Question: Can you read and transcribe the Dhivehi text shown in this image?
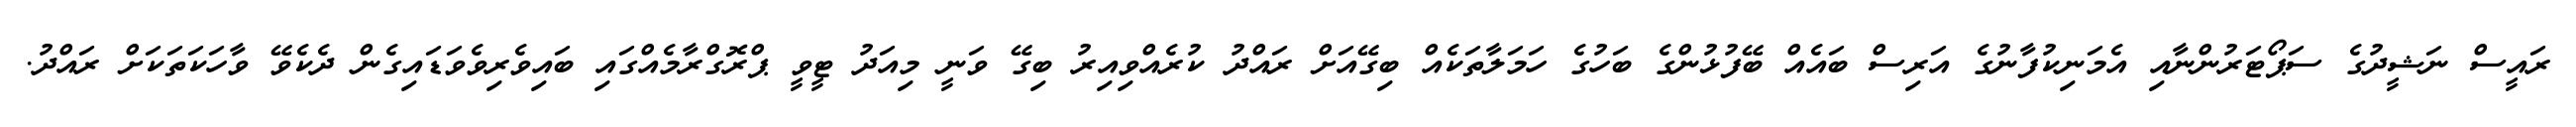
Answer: ރައީސް ނަޝީދުގެ ސަޕޯޓަރުންނާއި އެމަނިކުފާނުގެ އަރިސް ބައެއް ބޭފުޅުންގެ ބަހުގެ ހަމަލާތަކެއް ބިގޭއަށް ރައްދު ކުރެއްވިއިރު ބިގޭ ވަނީ މިއަދު ޓީވީ ޕްރޮގްރާމެއްގައި ބައިވެރިވެވަޑައިގެން ދެކެވޭ ވާހަކަތަކަށް ރައްދު.